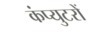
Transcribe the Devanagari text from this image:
कंप्युटरों